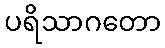
ပရိသာဂတော